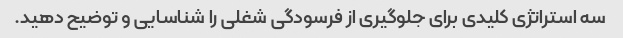
سه استراتژی کلیدی برای جلوگیری از فرسودگی شغلی را شناسایی و توضیح دهید.